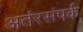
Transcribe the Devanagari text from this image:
अतंरसंपर्क